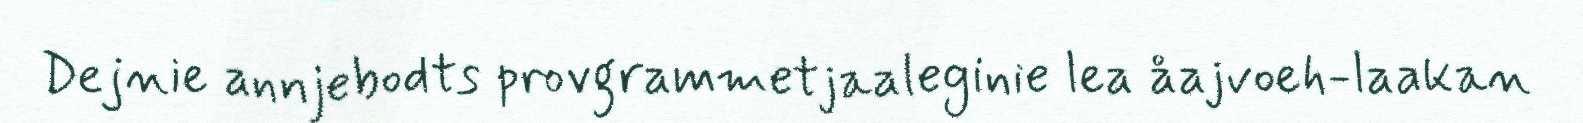
Dejnie annjebodts provgrammetjaaleginie lea åajvoeh-laakan